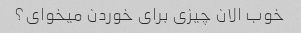
خوب الان چیزی برای خوردن میخوای؟